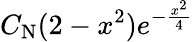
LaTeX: C_{\mathrm{N}}(2-x^{2})e^{-\frac{x^{2}}{4}}